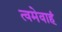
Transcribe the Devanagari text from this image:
त्वमेवाहं